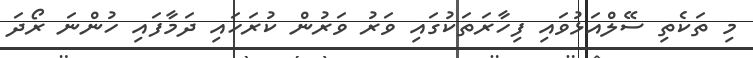
މި ތަކެތި ސޭލްއަޅުވައި ފިހާރަތަކުގައި ވަރު ވަރުން ކުރަހައި ދަމާފައި ހުންނަ ރޯދަ